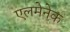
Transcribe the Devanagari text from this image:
एलमेनेक